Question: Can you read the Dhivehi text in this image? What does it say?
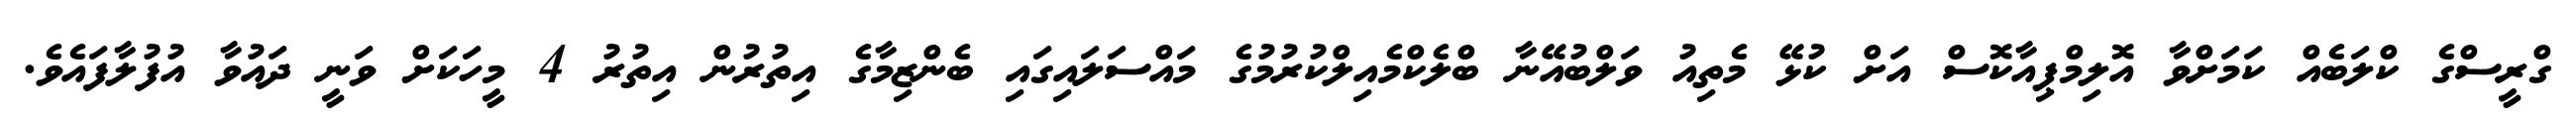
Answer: ގްރީސްގެ ކްލަބެއް ކަމަށްވާ އޮލިމްޕިއާކޮސް އަށް ކުޅޭ މެތިއު ވަލްބުއޭނާ ބްލެކްމެއިލްކުރުމުގެ މައްސަލައިގައި ބެންޒިމާގެ އިތުރުން އިތުރު 4 މީހަކަށް ވަނީ ދައުވާ އުފުލާފައެވެ.